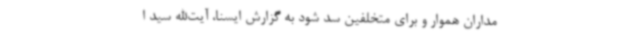
مداران هموار و برای متخلفین سد شود به گزارش ایسنا، آیت‌الله سید ا